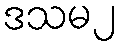
ဒသမ၂